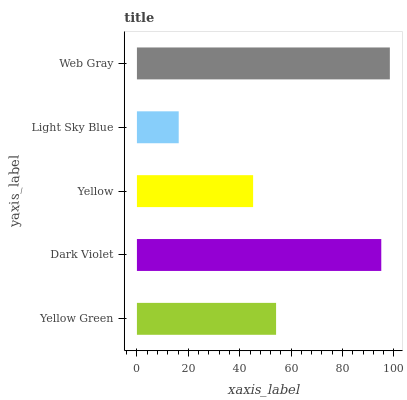
| yaxis_label | bars |
 | --- | --- |
 | Yellow Green | 54.1 |
 | Dark Violet | 95.1 |
 | Yellow | 45.2 |
 | Light Sky Blue | 16.3 |
 | Web Gray | 98.4 |